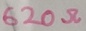
Text: 620Ω